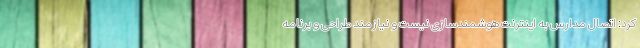
کرد: اتصال مدارس به اینترنت هوشمندسازی نیست و نیازمند طراحی و برنامه